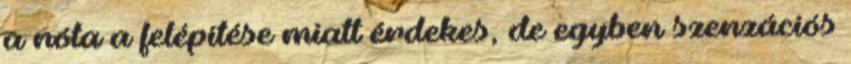
a nóta a felépítése miatt érdekes, de egyben szenzációs